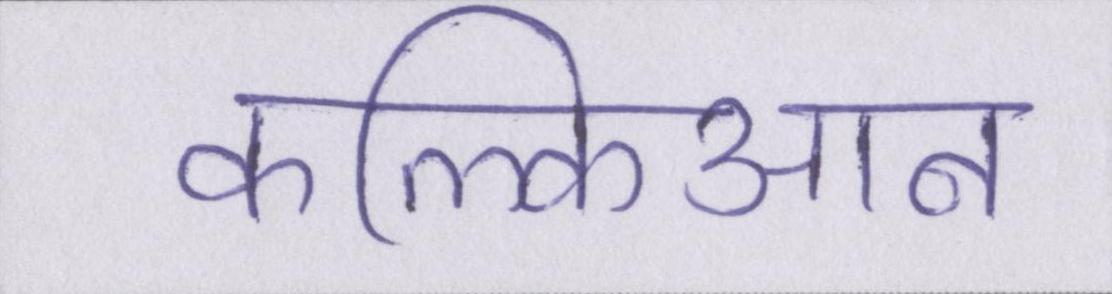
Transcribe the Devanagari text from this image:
कल्किआन